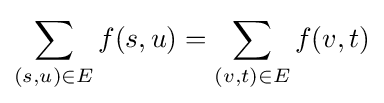
\sum _{(s,u)\in E}f(s,u)=\sum _{(v,t)\in E}f(v,t)